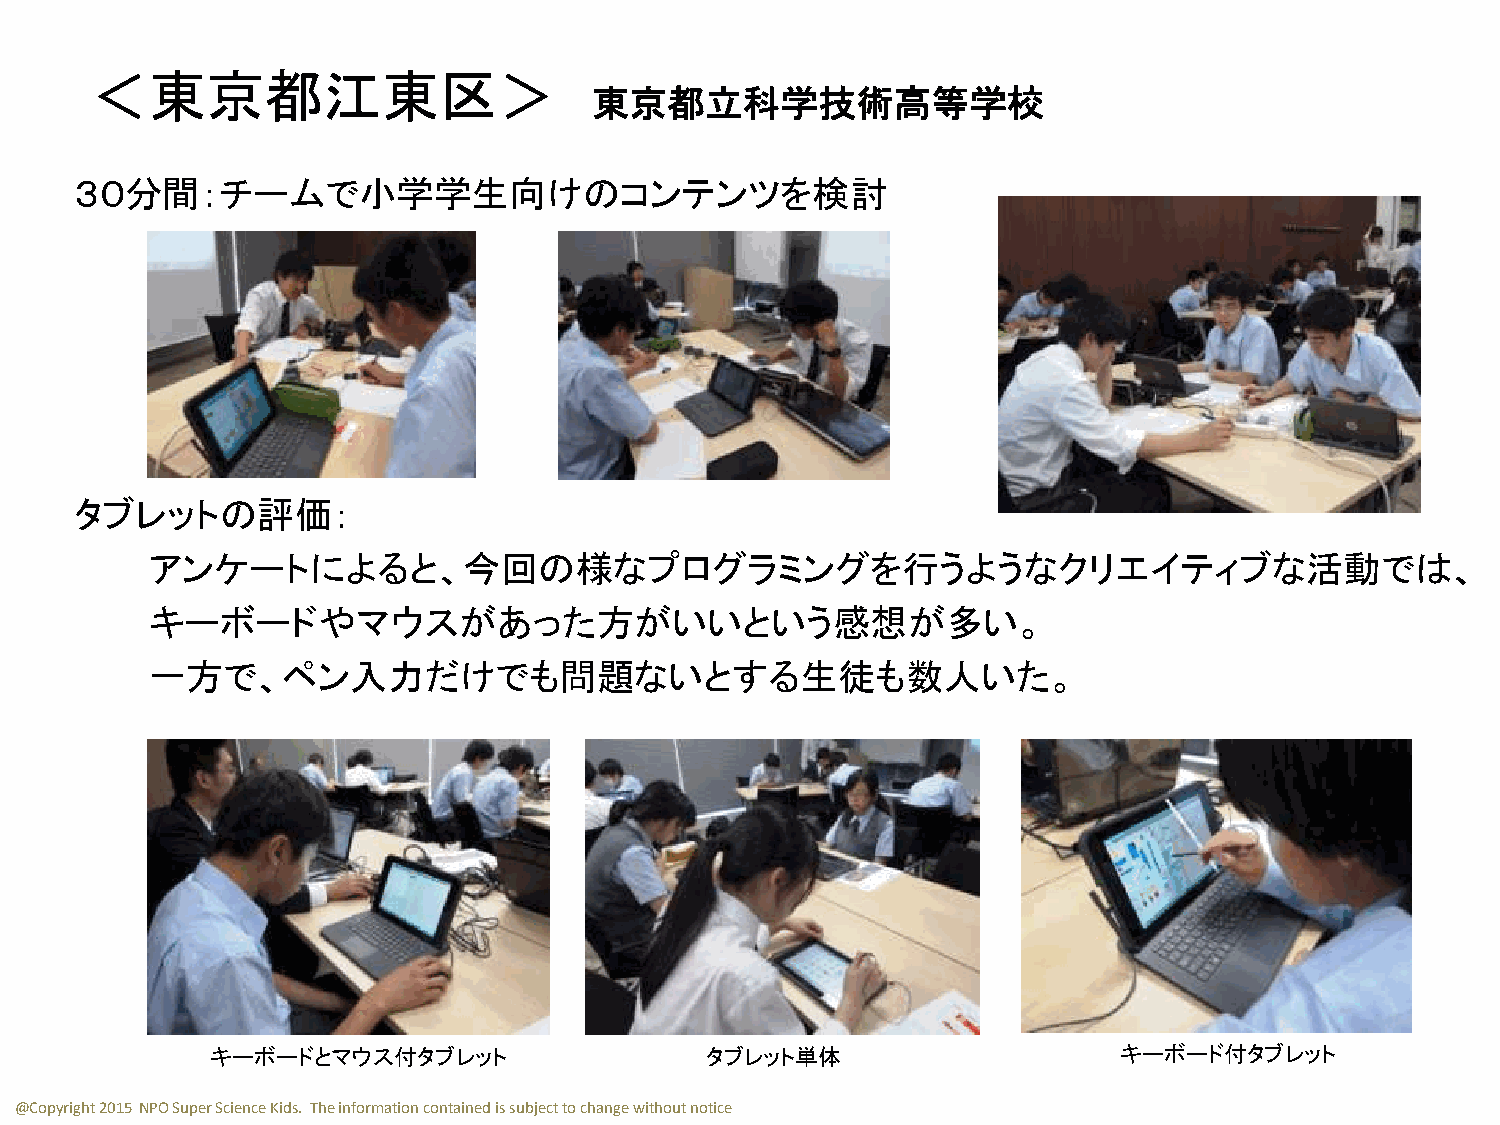
＜東京都江東区＞
 東京都立科学技術高等学校
 ３０分間：チームで小学学生向けのコンテンツを検討
 タブレットの評価：
 アンケートによると、今回の様なプログラミングを行うようなクリエイティブな活動では、
 キーボードやマウスがあった方がいいという感想が多い。
 一方で、ペン入力だけでも問題ないとする生徒も数人いた。
 キーボードとマウス付タブレット                  タブレット単体                    キーボード付タブレット
 @Copyright 2015 NPO Super Science Kids. The information contained is subject to change without notice